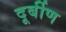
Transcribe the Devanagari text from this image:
दूर्बीण